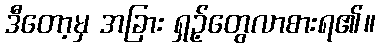
ဒီတော့မှ အခြား ရှဉ့်တွေလာစားရ၏။